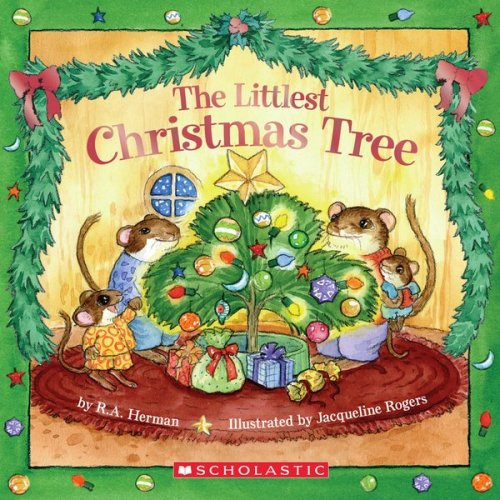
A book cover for The Littlest Christmas Tree; R. A. Herman; Children's Books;